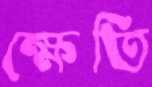
ক্ষেতি